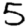
Digit: 5